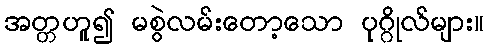
အတ္တဟူ၍ မစွဲလမ်းတော့သော ပုဂ္ဂိုလ်များ။